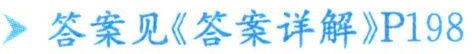
答案见《答案详解》P198